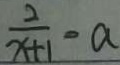
\frac { 2 } { x + 1 } = a